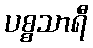
ပစ္စသာရီ